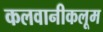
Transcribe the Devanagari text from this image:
कलवानीकलूम